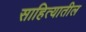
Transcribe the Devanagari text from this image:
साहित्‍यातील